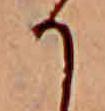
か